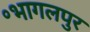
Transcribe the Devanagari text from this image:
॰भागलपुर